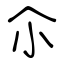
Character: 尒